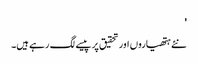
'
نئے ہتھیاروں اور تحقیق پر پیسے لگ رہے ہیں۔